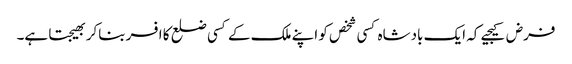
فرض کیجیے کہ ایک بادشاہ کسی شخص کو اپنے ملک کے کسی ضلع کا افسر بناکر بھیجتا ہے۔